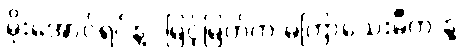
မိုးအောင်ရင်နဲ့ဲမြင့်မြတ်က မကြာသေးမီက နဲ့